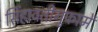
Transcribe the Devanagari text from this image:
सिंहावतीगुफामें